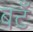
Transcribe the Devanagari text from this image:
बटँ